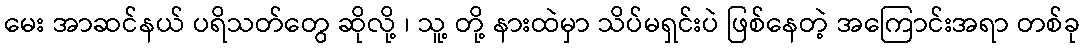
မေး အာဆင်နယ် ပရိသတ်တွေ ဆိုလို့ ၊ သူ့ တို့ နားထဲမှာ သိပ်မရှင်းပဲ ဖြစ်နေတဲ့ အကြောင်းအရာ တစ်ခု